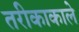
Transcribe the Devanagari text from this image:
तरीकाकाले